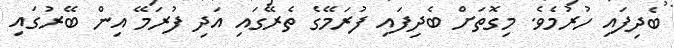
ބެދިފައި ހުރުމެވެ. މިގޮތަށް ބެދިފައި ފުރަމޭގެ ތެރޭގައި އަދި ފުރަމޭ އިން ބޭރުގައި